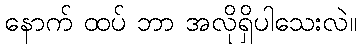
နောက် ထပ် ဘာ အလိုရှိပါသေးလဲ။